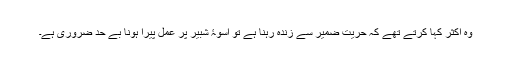
وہ اکثر کہا کرتے تھے کہ حریت ضمیر سے زندہ رہنا ہے تو اسوۂ شبیر پر عمل پیرا ہونا بے حد ضروری ہے۔